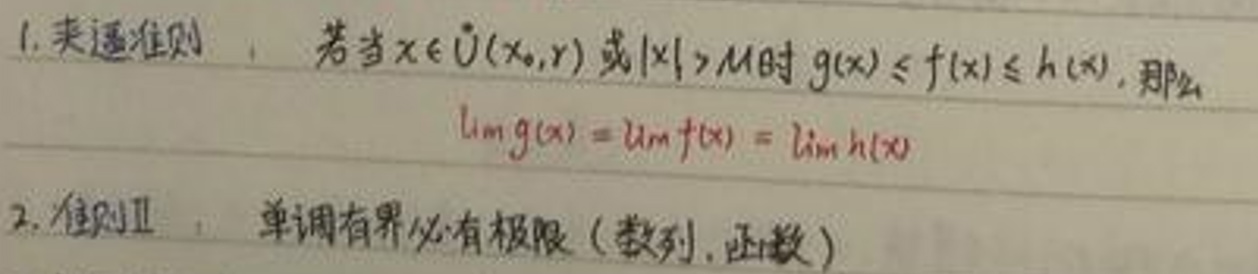
1. 夹逼准则：若当$x\in\mathring{U}(x_0,r)$或$|x|>M$时$g(x)\leq f(x)\leq h(x)$，那么
   - $\lim g(x)=\lim f(x)=\lim h(x)$
2. 准则Ⅱ：单调有界必有极限（数列,函数）